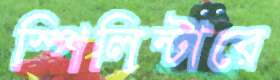
স্পিলিন্টারে